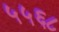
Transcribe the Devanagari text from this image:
५५६८